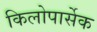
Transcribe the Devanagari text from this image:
किलोपार्सेक